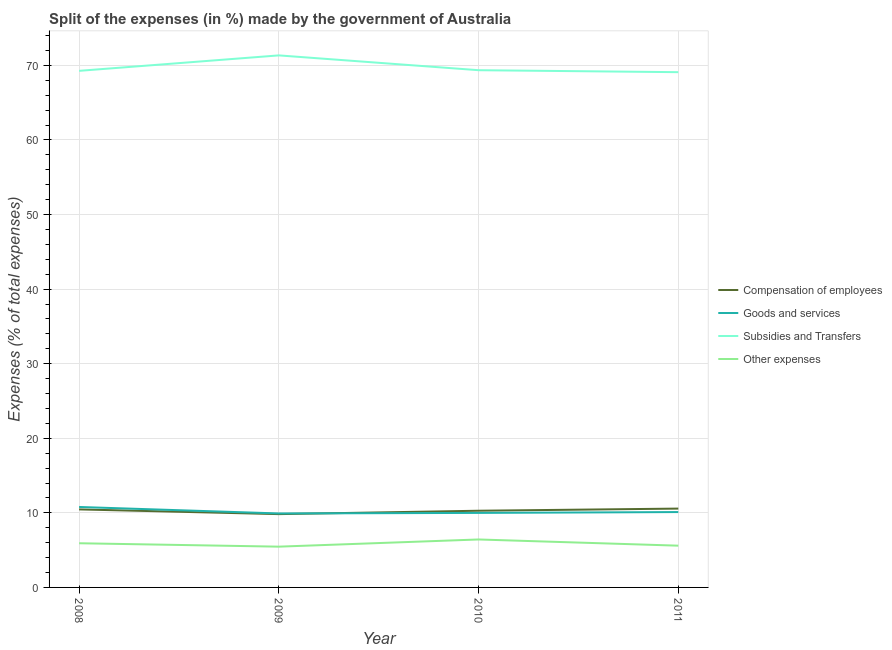
| Year | Compensation of employees | Goods and services | Subsidies and Transfers | Other expenses |
 | --- | --- | --- | --- | --- |
 | 2008 | 10.5 | 10.8 | 69.3 | 5.92 |
 | 2009 | 9.83 | 9.92 | 71.3 | 5.47 |
 | 2010 | 10.3 | 9.99 | 69.4 | 6.43 |
 | 2011 | 10.6 | 10.1 | 69.1 | 5.6 |